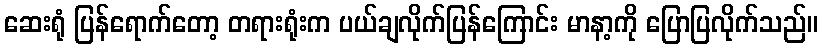
ဆေးရုံ ပြန်ရောက်တော့ တရားရုံးက ပယ်ချလိုက်ပြန်ကြောင်း မာနာ့ကို ပြောပြလိုက်သည်။